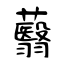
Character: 蘙